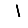
Digit: 1